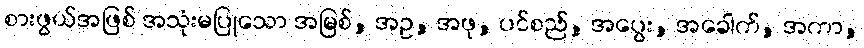
စားဖွယ်အဖြစ် အသုံးမပြုသော အမြစ်, အဥ, အဖု, ပင်စည်, အပွေး, အခေါက်, အကာ,